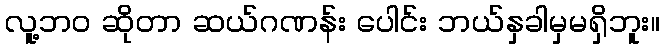
လူ့ဘဝ ဆိုတာ ဆယ်ဂဏန်း ပေါင်း ဘယ်နှခါမှမရှိဘူး။